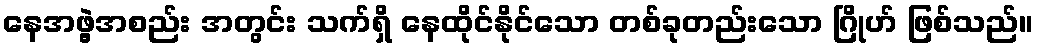
နေအဖွဲ့အစည်း အတွင်း သက်ရှိ နေထိုင်နိုင်သော တစ်ခုတည်းသော ဂြိုဟ် ဖြစ်သည်။